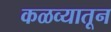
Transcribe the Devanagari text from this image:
कळव्यातून